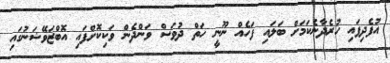
އުފެދިފައި ހުރެދާނެކަމަށް ބަލައި ފަހެއް ނޫނީ ހަތް ދުވަސް ވަންދެން ވަކިކޮށްފައި އޮބްޒަވޭޝަނުގައި